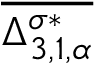
\overline { { \Delta _ { 3 , 1 , \alpha } ^ { \sigma * } } }